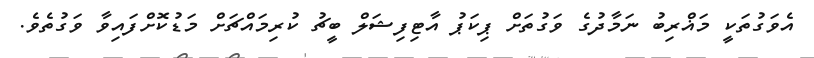
އެވަގުތަކީ މަޣްރިބު ނަމާދުގެ ވަގުތަށް ޕިކަޕު އާޓިފިޝަލް ބީޗު ކުރިމައްޗަށް މަޑުކޮށްފައިވާ ވަގުތެވެ.